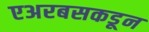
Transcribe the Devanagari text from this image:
एअरबसकडून